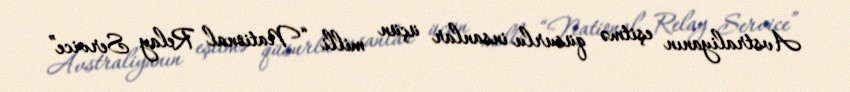
Avstraliyanın eşitmə qüsurlu insanlar üçün milli “National Relay Service”